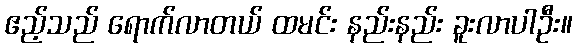
ဧည့်သည် ရောက်လာတယ် ထမင်း နည်းနည်း ခူးလာပါဦး။